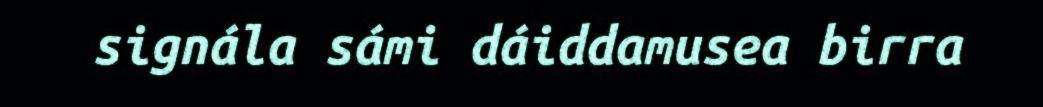
signála sámi dáiddamusea birra